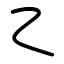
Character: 乙